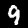
Label: 9